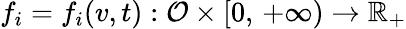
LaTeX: f_{i}=f_{i}(v,t):\mathcal{O}\times[0,\, +\infty)\to\mathbb{R}_{+}